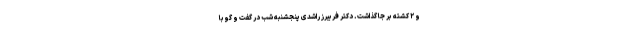
و ۲ کشته بر جا گذاشت. دکتر فریبرز راشدی پنجشنبه شب در گفت و گو با